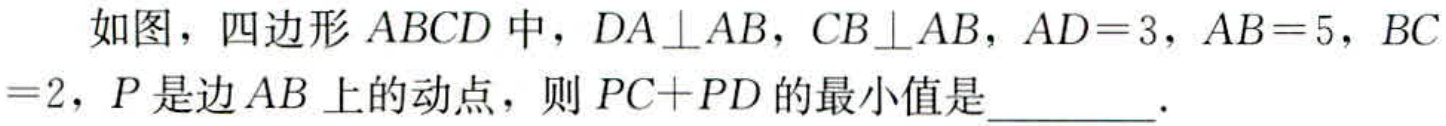
如图，四边形\(ABCD\)中，\(DA\perp AB\)，\(CB\perp AB\)，\(AD = 3\)，\(AB = 5\)，\(BC = 2\)，\(P\)是边\(AB\)上的动点，则\(PC + PD\)的最小值是  ．